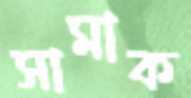
সামাক